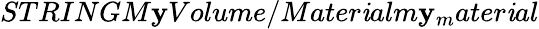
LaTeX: STRINGM\mathbf{y}Volume/Mater\mathit{i}alm\mathbf{y}_{m}ater\mathit{i}al